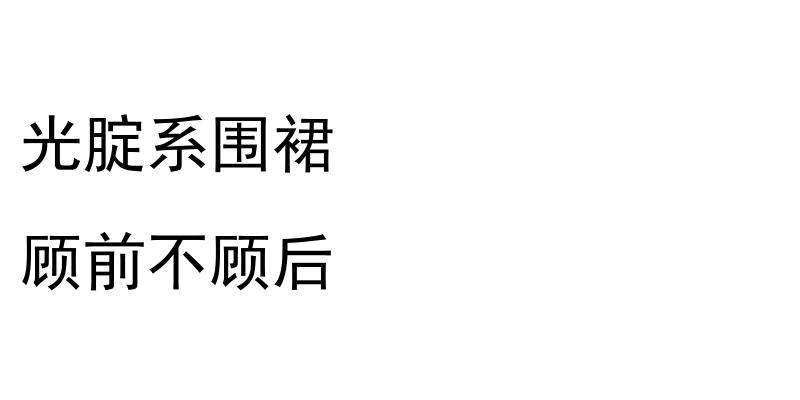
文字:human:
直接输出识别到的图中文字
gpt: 光腚系围裙 顾前不顾后